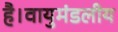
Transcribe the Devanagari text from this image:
है।वायुमंडलीय